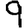
Digit: 9